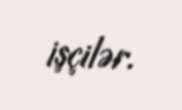
işçilər.